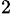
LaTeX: _2